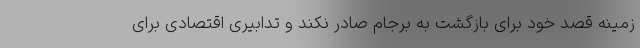
زمینه قصد خود برای بازگشت به برجام صادر نکند و تدابیری اقتصادی برای